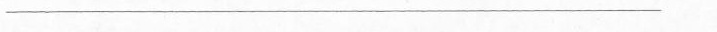
___